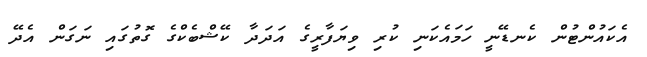
އެކައުންޓުން ކެނޑޭނީ ހަމައެކަނި ކުރި ވިޔަފާރީގެ އަދަދާ ކޭޝްބެކްގެ ގޮތުގައި ނަގަން އެދޭ